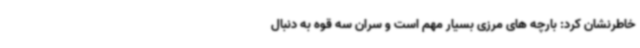
خاطرنشان کرد: بارچه های مرزی بسیار مهم است و سران سه قوه به دنبال